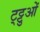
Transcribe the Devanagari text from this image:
ट्ट्टुओं